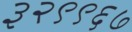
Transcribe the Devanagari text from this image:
३२९९६७